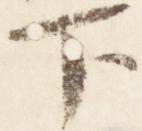
下